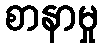
စာနာမှု